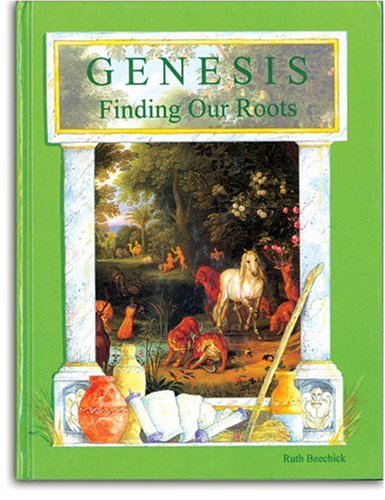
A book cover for Genesis: Finding Our Roots; Ruth Beechick; Christian Books & Bibles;